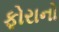
ફોરાનો